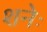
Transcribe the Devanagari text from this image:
शनेः